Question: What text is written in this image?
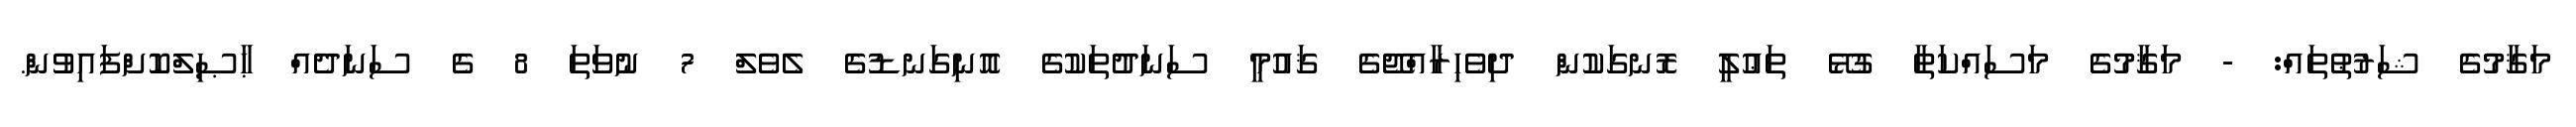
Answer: މަޤާމުގެ ޝަރުޠުތައް: - މަޤާމުގެ މަސައްކަތާ ގުޅޭ ތަޢުލީ ރޮނގަކުން ދިވެހިރާއްޖޭގެ ޤައުމީ ސަނަދުތަކުގެ އޮނިގަނޑުގެ ލެވެލް 7 ނުވަތަ 8 ގެ ސަނަދެއް ޙާޞިލްކޮށްފައިވުން.